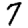
Digit: 7